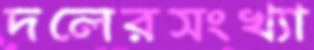
দলেরসংখ্যা